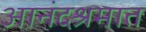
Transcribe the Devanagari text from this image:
आनंदश्रमात